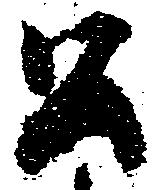
公